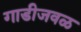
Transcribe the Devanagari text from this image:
गाडीजवळ